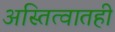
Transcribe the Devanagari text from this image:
अस्तित्वातही